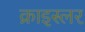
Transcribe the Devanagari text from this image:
क्राइस्लर